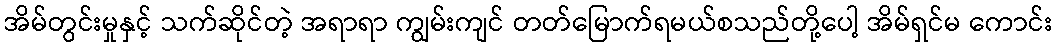
အိမ်တွင်းမှုနှင့် သက်ဆိုင်တဲ့ အရာရာ ကျွမ်းကျင် တတ်မြောက်ရမယ်စသည်တို့ပေါ့ အိမ်ရှင်မ ကောင်း